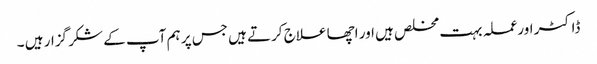
ڈاکٹر اورعملہ بہت مخلص ہیں اور اچھا علاج کرتے ہیں جس پر ہم آپ کے شکر گزار ہیں ۔